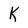
Character: K